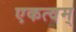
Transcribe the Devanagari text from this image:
एकत्वम्